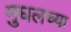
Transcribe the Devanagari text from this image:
मुघलच्या